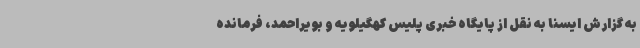
به گزارش ایسنا به نقل از پایگاه خبری پلیس کهگیلویه و بویراحمد، فرمانده